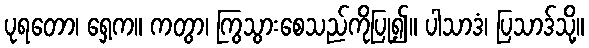
ပုရတော၊ ရှေ့က။ ကတွာ၊ ကြွသွားစေသည်ကိုပြု၍။ ပါသာဒံ၊ ပြသာဒ်သို့။